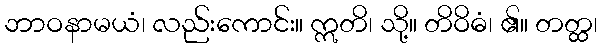
ဘာဝနာမယံ၊ လည်းကောင်း။ ဣတိ၊ သို့။ တိဝိဓံ၊ ၏။ တတ္ထ၊